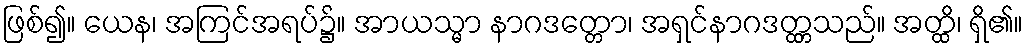
ဖြစ်၍။ ယေန၊ အကြင်အရပ်၌။ အာယသ္မာ နာဂဒတ္တော၊ အရှင်နာဂဒတ္တ္တသည်။ အတ္ထိ၊ ရှိ၏။